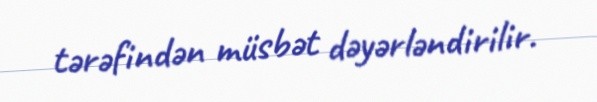
tərəfindən müsbət dəyərləndirilir.